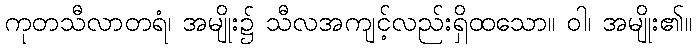
ကုတသီလာတရံ၊ အမျိုး၌ သီလအကျင့်လည်းရှိထသော။ ဝါ၊ အမျိုး၏။